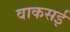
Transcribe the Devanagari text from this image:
वाकसई